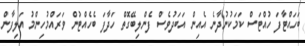
ބަހައްޓާފަ ހުއްޓަސް ކަމަކުނުދާނެ އެއިން އަބަދުވެސް ފެންލިބޭގޮތް ހަދާފަ ބެހެއްޓުން ވަރައްމުހިންމު އަލިފާން